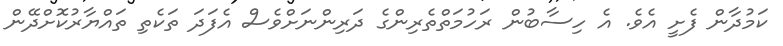
ކަމުދާން ފެށީ އެވެ. އެ ހިސާބުން ރަހުމަތްތެރިންގެ ދަރިންނަށްވެސް އެފަދަ ތަކެތި ތައްޔާރުކޮށްދޭން